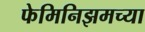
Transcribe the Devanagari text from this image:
फेमिनिझमच्या